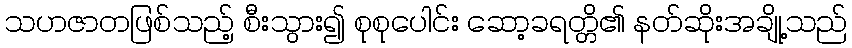
သဟဇာတဖြစ်သည့် စီးသွား၍ စုစုပေါင်း ဆော့ခရတ္တိ၏ နတ်ဆိုးအချို့သည်